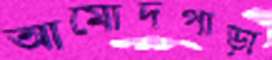
আমোদপাড়া